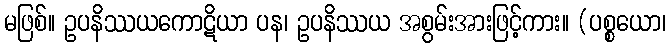
မဖြစ်။ ဥပနိဿယကောဋိယာ ပန၊ ဥပနိဿယ အစွမ်းအားဖြင့်ကား။ (ပစ္စယော၊